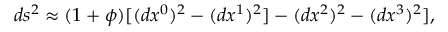
d s ^ { 2 } \approx ( 1 + \phi ) [ ( d x ^ { 0 } ) ^ { 2 } - ( d x ^ { 1 } ) ^ { 2 } ] - ( d x ^ { 2 } ) ^ { 2 } - ( d x ^ { 3 } ) ^ { 2 } ] ,